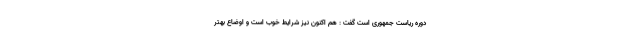
دوره ریاست جمهوری است گفت : هم اکنون نیز شرایط خوب است و اوضاع بهتر